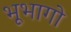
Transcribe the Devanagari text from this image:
भूभागो